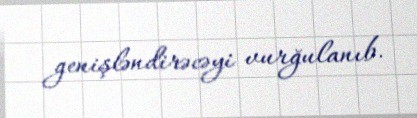
genişləndirəcəyi vurğulanıb.